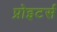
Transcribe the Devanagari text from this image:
प्रोइटर्स